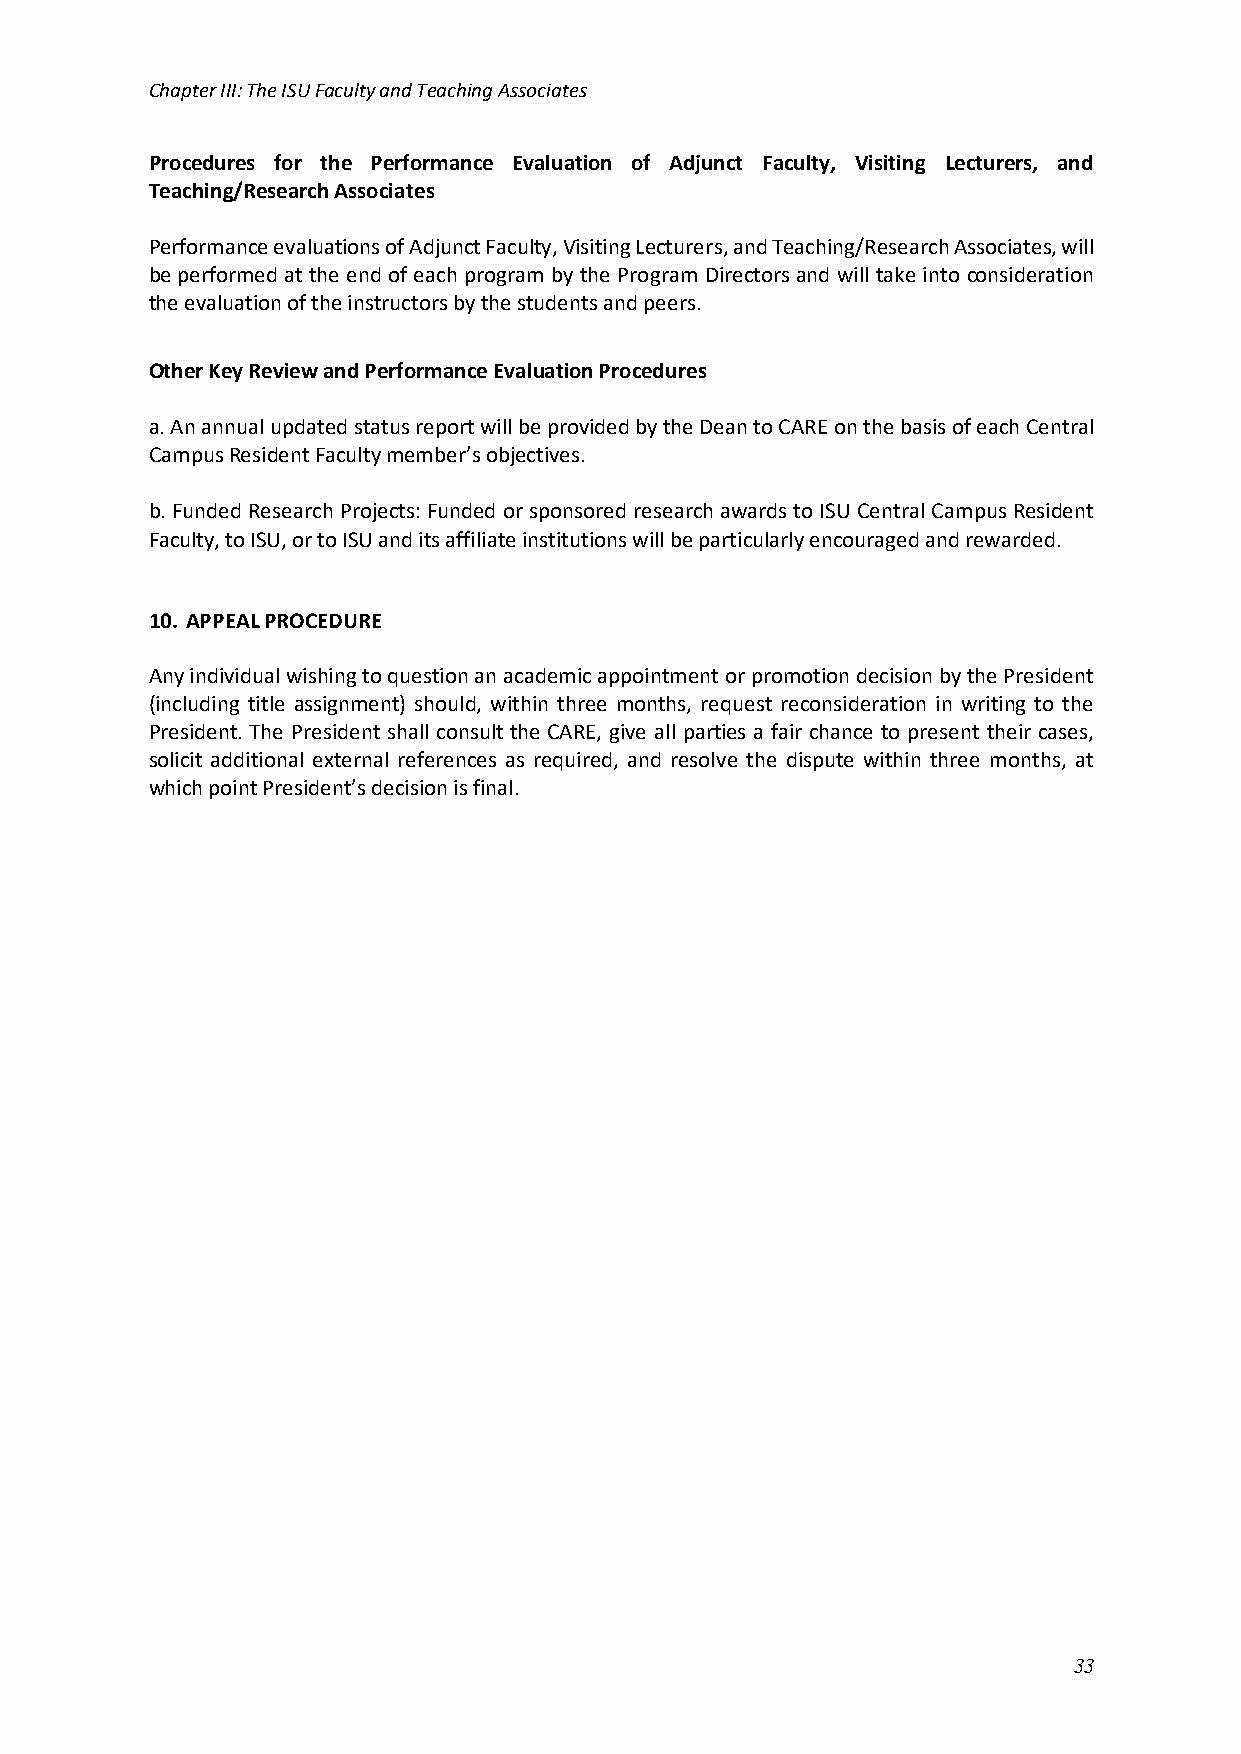
Chapter III: The ISU Faculty and Teaching Associates
 Procedures for the Performance Evaluation of Adjunct Faculty, Visiting Lecturers, and
 Teaching/Research Associates
 Performance evaluations of Adjunct Faculty, Visiting Lecturers, and Teaching/Research Associates, will
 be performed at the end of each program by the Program Directors and will take into consideration
 the evaluation of the instructors by the students and peers.
 Other Key Review and Performance Evaluation Procedures
 a. An annual updated status report will be provided by the Dean to CARE on the basis of each Central
 Campus Resident Faculty member’s objectives.
 b. Funded Research Projects: Funded or sponsored research awards to ISU Central Campus Resident
 Faculty, to ISU, or to ISU and its affiliate institutions will be particularly encouraged and rewarded.
 10. APPEAL PROCEDURE
 Any individual wishing to question an academic appointment or promotion decision by the President
 (including title assignment) should, within three months, request reconsideration in writing to the
 President. The President shall consult the CARE, give all parties a fair chance to present their cases,
 solicit additional external references as required, and resolve the dispute within three months, at
 which point President’s decision is final.
 33